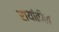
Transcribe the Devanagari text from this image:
रायांतील